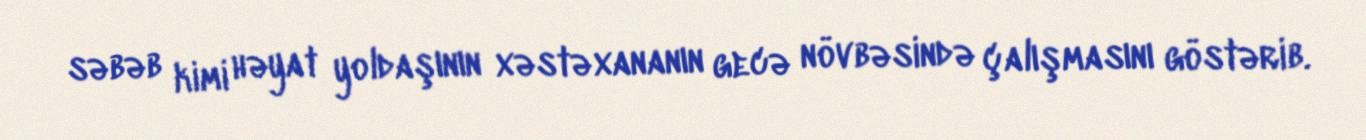
səbəb kimi həyat yoldaşının xəstəxananın gecə növbəsində çalışmasını göstərib.